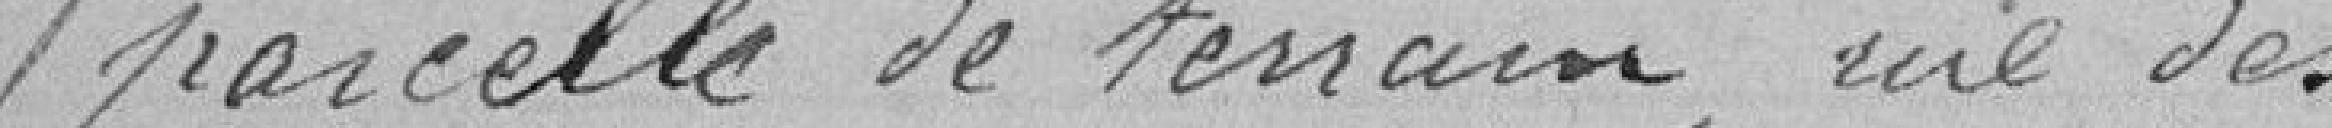
parcelle de terrain, rue des